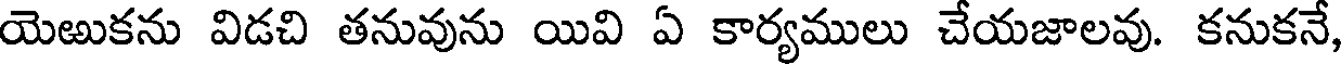
యెఱుకను విడచి తనువును యివి ఏ కార్యములు చేయజాలవు. కనుకనే,